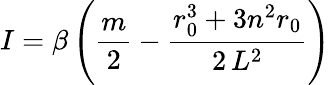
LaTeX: I=\beta\left(\frac{m}{2}-\frac{r_{0}^{3}+3n^{2}r_{0}}{2\, L^{2}}\right)